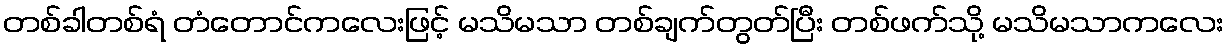
တစ်ခါတစ်ရံ တံတောင်ကလေးဖြင့် မသိမသာ တစ်ချက်တွတ်ပြီး တစ်ဖက်သို့ မသိမသာကလေး